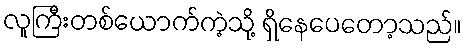
လူကြီးတစ်ယောက်ကဲ့သို့ ရှိနေပေတော့သည်။